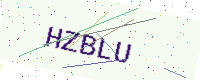
Text: HZBLU